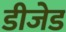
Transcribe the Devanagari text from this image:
डीजेड